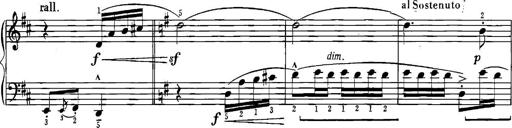
Title: Sonatina for Piano
Composer: BÃ©la BartÃ³k